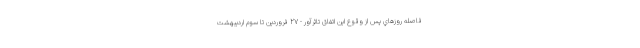
فاصله روزهاي پس از وقوع اين اتفاق تاثرآور - 27 فروردين تا سوم ارديبهشت